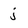
Character: j